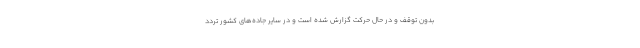
بدون توقف و در حال حرکت گزارش شده است و در سایر جاده‌های کشور تردد